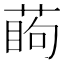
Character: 𦶔